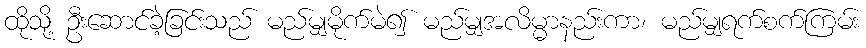
ထိုသို့ ဦးဆောင်ခဲ့ခြင်းသည် မည်မျှမိုက်မဲ၍ မည်မျှအလိမ္မာနည်းကာ၊ မည်မျှရက်စက်ကြမ်း